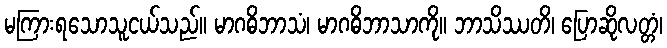
မကြားရသောသူငယ်သည်။ မာဂဓိဘာသံ၊ မာဂဓိဘာသာကို။ ဘာသိဿတိ၊ ပြောဆိုလတ္တံ၊